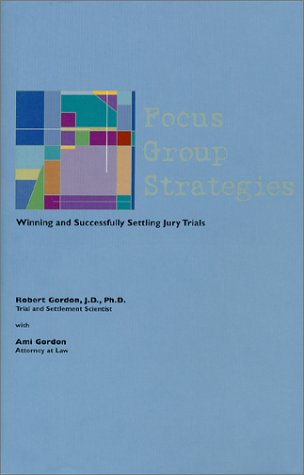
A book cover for Focus Group Strategies: Winning and Successfully Settling Jury Trials; Ami Gordon Robert Gordon; Law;